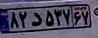
۸۲د۵۳۷۶۷